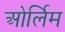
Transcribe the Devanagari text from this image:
ओर्लिम